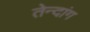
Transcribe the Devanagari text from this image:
तेन्दांग